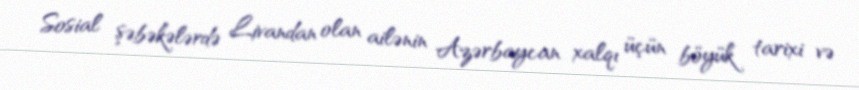
Sosial şəbəkələrdə Livandan olan ailənin Azərbaycan xalqı üçün böyük tarixi və